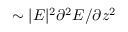
\sim | E | ^ { 2 } \partial ^ { 2 } E / \partial z ^ { 2 }